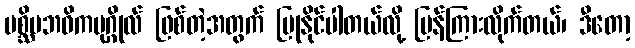
ပစ္ဆိမဘဝိကပုဂ္ဂိုလ် ဖြစ်တဲ့အတွက် ပြုနိုင်ပါတယ်လို့ ပြန်ကြားလိုက်တယ်၊ ဒီတော့